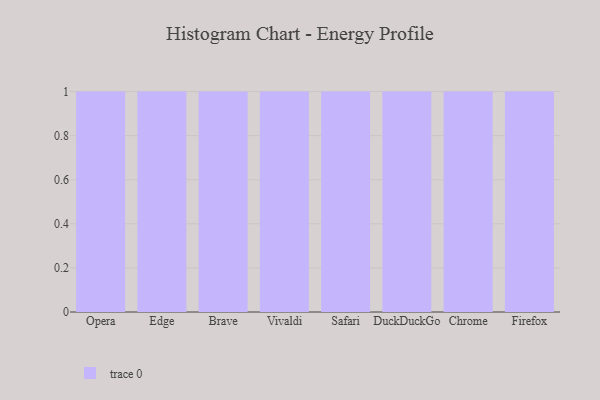
{"axis": {"x": "Browser", "y": "Shipments"}, "legend": [""], "data": [{"x": "Opera", "y": 42, "type": ""}, {"x": "Edge", "y": 72, "type": ""}, {"x": "Brave", "y": 37, "type": ""}, {"x": "Vivaldi", "y": 59, "type": ""}, {"x": "Safari", "y": 39, "type": ""}, {"x": "DuckDuckGo", "y": 59, "type": ""}, {"x": "Chrome", "y": 79, "type": ""}, {"x": "Firefox", "y": 7, "type": ""}]}